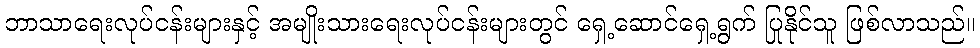
ဘာသာရေးလုပ်ငန်းများနှင့် အမျိုးသားရေးလုပ်ငန်းများတွင် ရှေ့ဆောင်ရှေ့ရွက် ပြုနိုင်သူ ဖြစ်လာသည်။